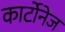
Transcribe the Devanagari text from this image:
कार्टोनेज